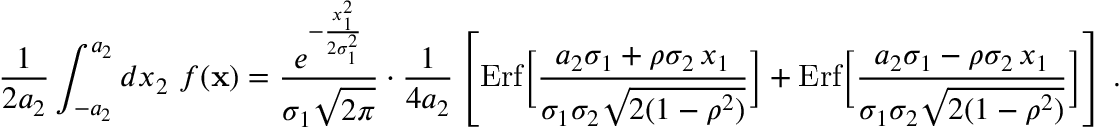
{ \frac { 1 } { 2 a _ { 2 } } } \int _ { - a _ { 2 } } ^ { a _ { 2 } } d x _ { 2 } \ f ( { \bf x } ) = { \frac { e ^ { - { \frac { x _ { 1 } ^ { 2 } } { 2 \sigma _ { 1 } ^ { 2 } } } } } { \sigma _ { 1 } \sqrt { 2 \pi } } } \cdot { \frac { 1 } { 4 a _ { 2 } } } \left[ \mathrm { E r f } \Big [ { \frac { a _ { 2 } \sigma _ { 1 } + \rho \sigma _ { 2 } \, x _ { 1 } } { \sigma _ { 1 } \sigma _ { 2 } \sqrt { 2 ( 1 - \rho ^ { 2 } ) } } } \Big ] + \mathrm { E r f } \Big [ { \frac { a _ { 2 } \sigma _ { 1 } - \rho \sigma _ { 2 } \, x _ { 1 } } { \sigma _ { 1 } \sigma _ { 2 } \sqrt { 2 ( 1 - \rho ^ { 2 } ) } } } \Big ] \right] \, .